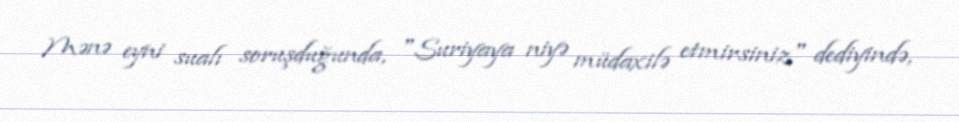
Mənə eyni sualı soruşduğunda, "Suriyaya niyə müdaxilə etmirsiniz" dediyində,